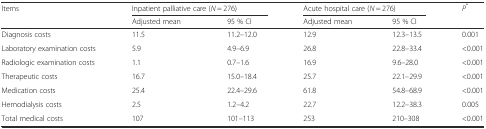
<table><thead><tr><td rowspan="2"><b>Items</b></td><td colspan="2"><b>Inpatient palliative care (<i>N</i> = 276)</b></td><td colspan="2"><b>Acute hospital care (<i>N</i> = 276)</b></td><td rowspan="2"><b><i>P</i><sup>*</sup></b></td></tr><tr><td><b>Adjusted mean</b></td><td><b>95 % CI</b></td><td><b>Adjusted mean</b></td><td><b>95 % CI</b></td></tr></thead><tbody><tr><td>Diagnosis costs</td><td>11.5</td><td>11.2–12.0</td><td>12.9</td><td>12.3–13.5</td><td>0.001</td></tr><tr><td>Laboratory examination costs</td><td>5.9</td><td>4.9–6.9</td><td>26.8</td><td>22.8–33.4</td><td>&lt;0.001</td></tr><tr><td>Radiologic examination costs</td><td>1.1</td><td>0.7–1.6</td><td>16.9</td><td>9.6–28.0</td><td>&lt;0.001</td></tr><tr><td>Therapeutic costs</td><td>16.7</td><td>15.0–18.4</td><td>25.7</td><td>22.1–29.9</td><td>&lt;0.001</td></tr><tr><td>Medication costs</td><td>25.4</td><td>22.4–29.6</td><td>61.8</td><td>54.8–68.9</td><td>&lt;0.001</td></tr><tr><td>Hemodialysis costs</td><td>2.5</td><td>1.2–4.2</td><td>22.7</td><td>12.2–38.3</td><td>0.005</td></tr><tr><td>Total medical costs</td><td>107</td><td>101–113</td><td>253</td><td>210–308</td><td>&lt;0.001</td></tr></tbody></table>